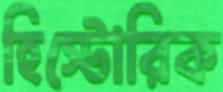
হিস্টোরিক